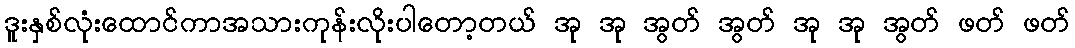
ဒူးနှစ်လုံးထောင်ကာအသားကုန်းလိုးပါတော့တယ် အု အု အွတ် အွတ် အု အု အွတ် ဖတ် ဖတ်